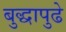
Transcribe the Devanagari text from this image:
बुद्धापुढे